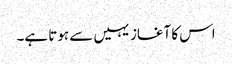
اس کا آغاز یہیں سے ہوتا ہے۔